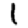
Digit: 1